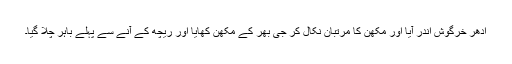
اُدھر خرگوش اندر آیا اور مکھّن کا مرتبان نکال کر جی بھر کے مکھّن کھایا اور ریچھ کے آنے سے پہلے باہر چلا گیا۔